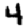
Digit: 4